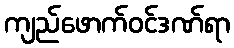
ကျည်ဖောက်ဝင်ဒဏ်ရာ